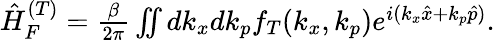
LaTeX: \begin{array}{r}{\hat{H}_{F}^{(T)}=\frac{\beta}{2\pi}\iint dk_{x}dk_{p}f_{T}(k_{x},k_{p})e^{i(k_{x}\hat{x}+k_{p}\hat{p})}.}\end{array}